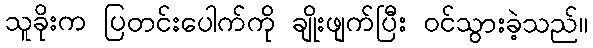
သူခိုးက ပြတင်းပေါက်ကို ချိုးဖျက်ပြီး ဝင်သွားခဲ့သည်။